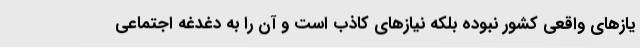
یازهای واقعی کشور نبوده بلکه نیازهای کاذب است و آن را به دغدغه اجتماعی